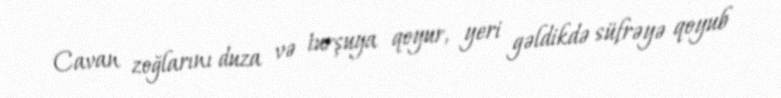
Cavan zoğlarını duza və turşuya qoyur, yeri gəldikdə süfrəyə qoyub